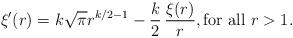
LaTeX: \begin{align*} \xi'(r)=k\sqrt{\pi}r^{k/2-1}-\frac k2\,\frac{\xi(r)}{r},\text{for all }r>1.\end{align*}